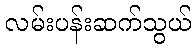
လမ်းပန်းဆက်သွယ်